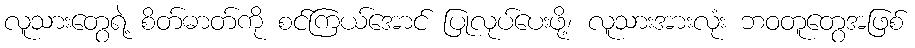
လူသားတွေရဲ့ စိတ်ဓာတ်ကို စင်ကြယ်အောင် ပြုလုပ်ပေးဖို့၊ လူသားအားလုံး ဘဝတူတွေအဖြစ်